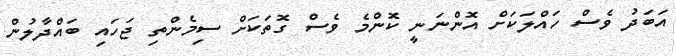
އަބަދު ވެސް ހައްލަކަށް އޮންނަނީ ކޮންމެ ވެސް ގޮތަކަށް ސިމެންތި ޖަހައި ބައްދާލުން